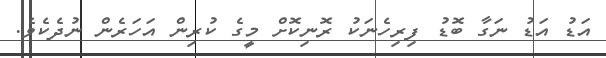
އަޑު އަޑު ނަގާ ބޮޑު ފިރިހެނަކު ރޮނިކޮށް މީގެ ކުރިން އަހަރެން ނުދެކެވެ.